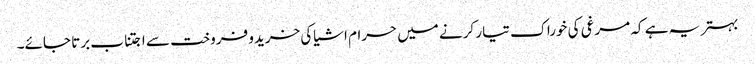
بہتر یہ ہے کہ مرغی کی خوراک تیار کرنے میں حرام اشیاکی خریدو فروخت سے اجتناب برتا جائے۔